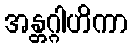
အန္တဂ္ဂါဟိကာ